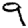
Digit: 9